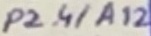
Text: P2.4/A12